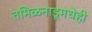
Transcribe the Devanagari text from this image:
तमिळनाडूमधेही